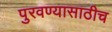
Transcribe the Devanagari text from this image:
पुरवण्यासाठीच